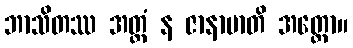
ဘာသိတဿ အတ္ထံ န ဇာနာမာတိ အတ္ထော။